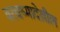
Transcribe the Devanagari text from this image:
वरचष्मादेखील